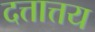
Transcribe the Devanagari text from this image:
दत्तात्तय